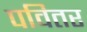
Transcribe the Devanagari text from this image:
पवितर